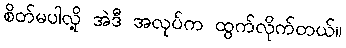
စိတ်မပါလို့ အဲဒီ အလုပ်က ထွက်လိုက်တယ်။